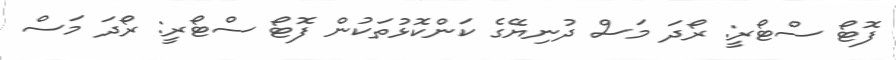
ފޮޓޯ ސްޓޯރީ: ރޯދަ މަސް ދުނިޔޭގެ ކަންކޮޅުތަކުން ފޮޓޯ ސްޓޯރީ: ރޯދަ މަސް